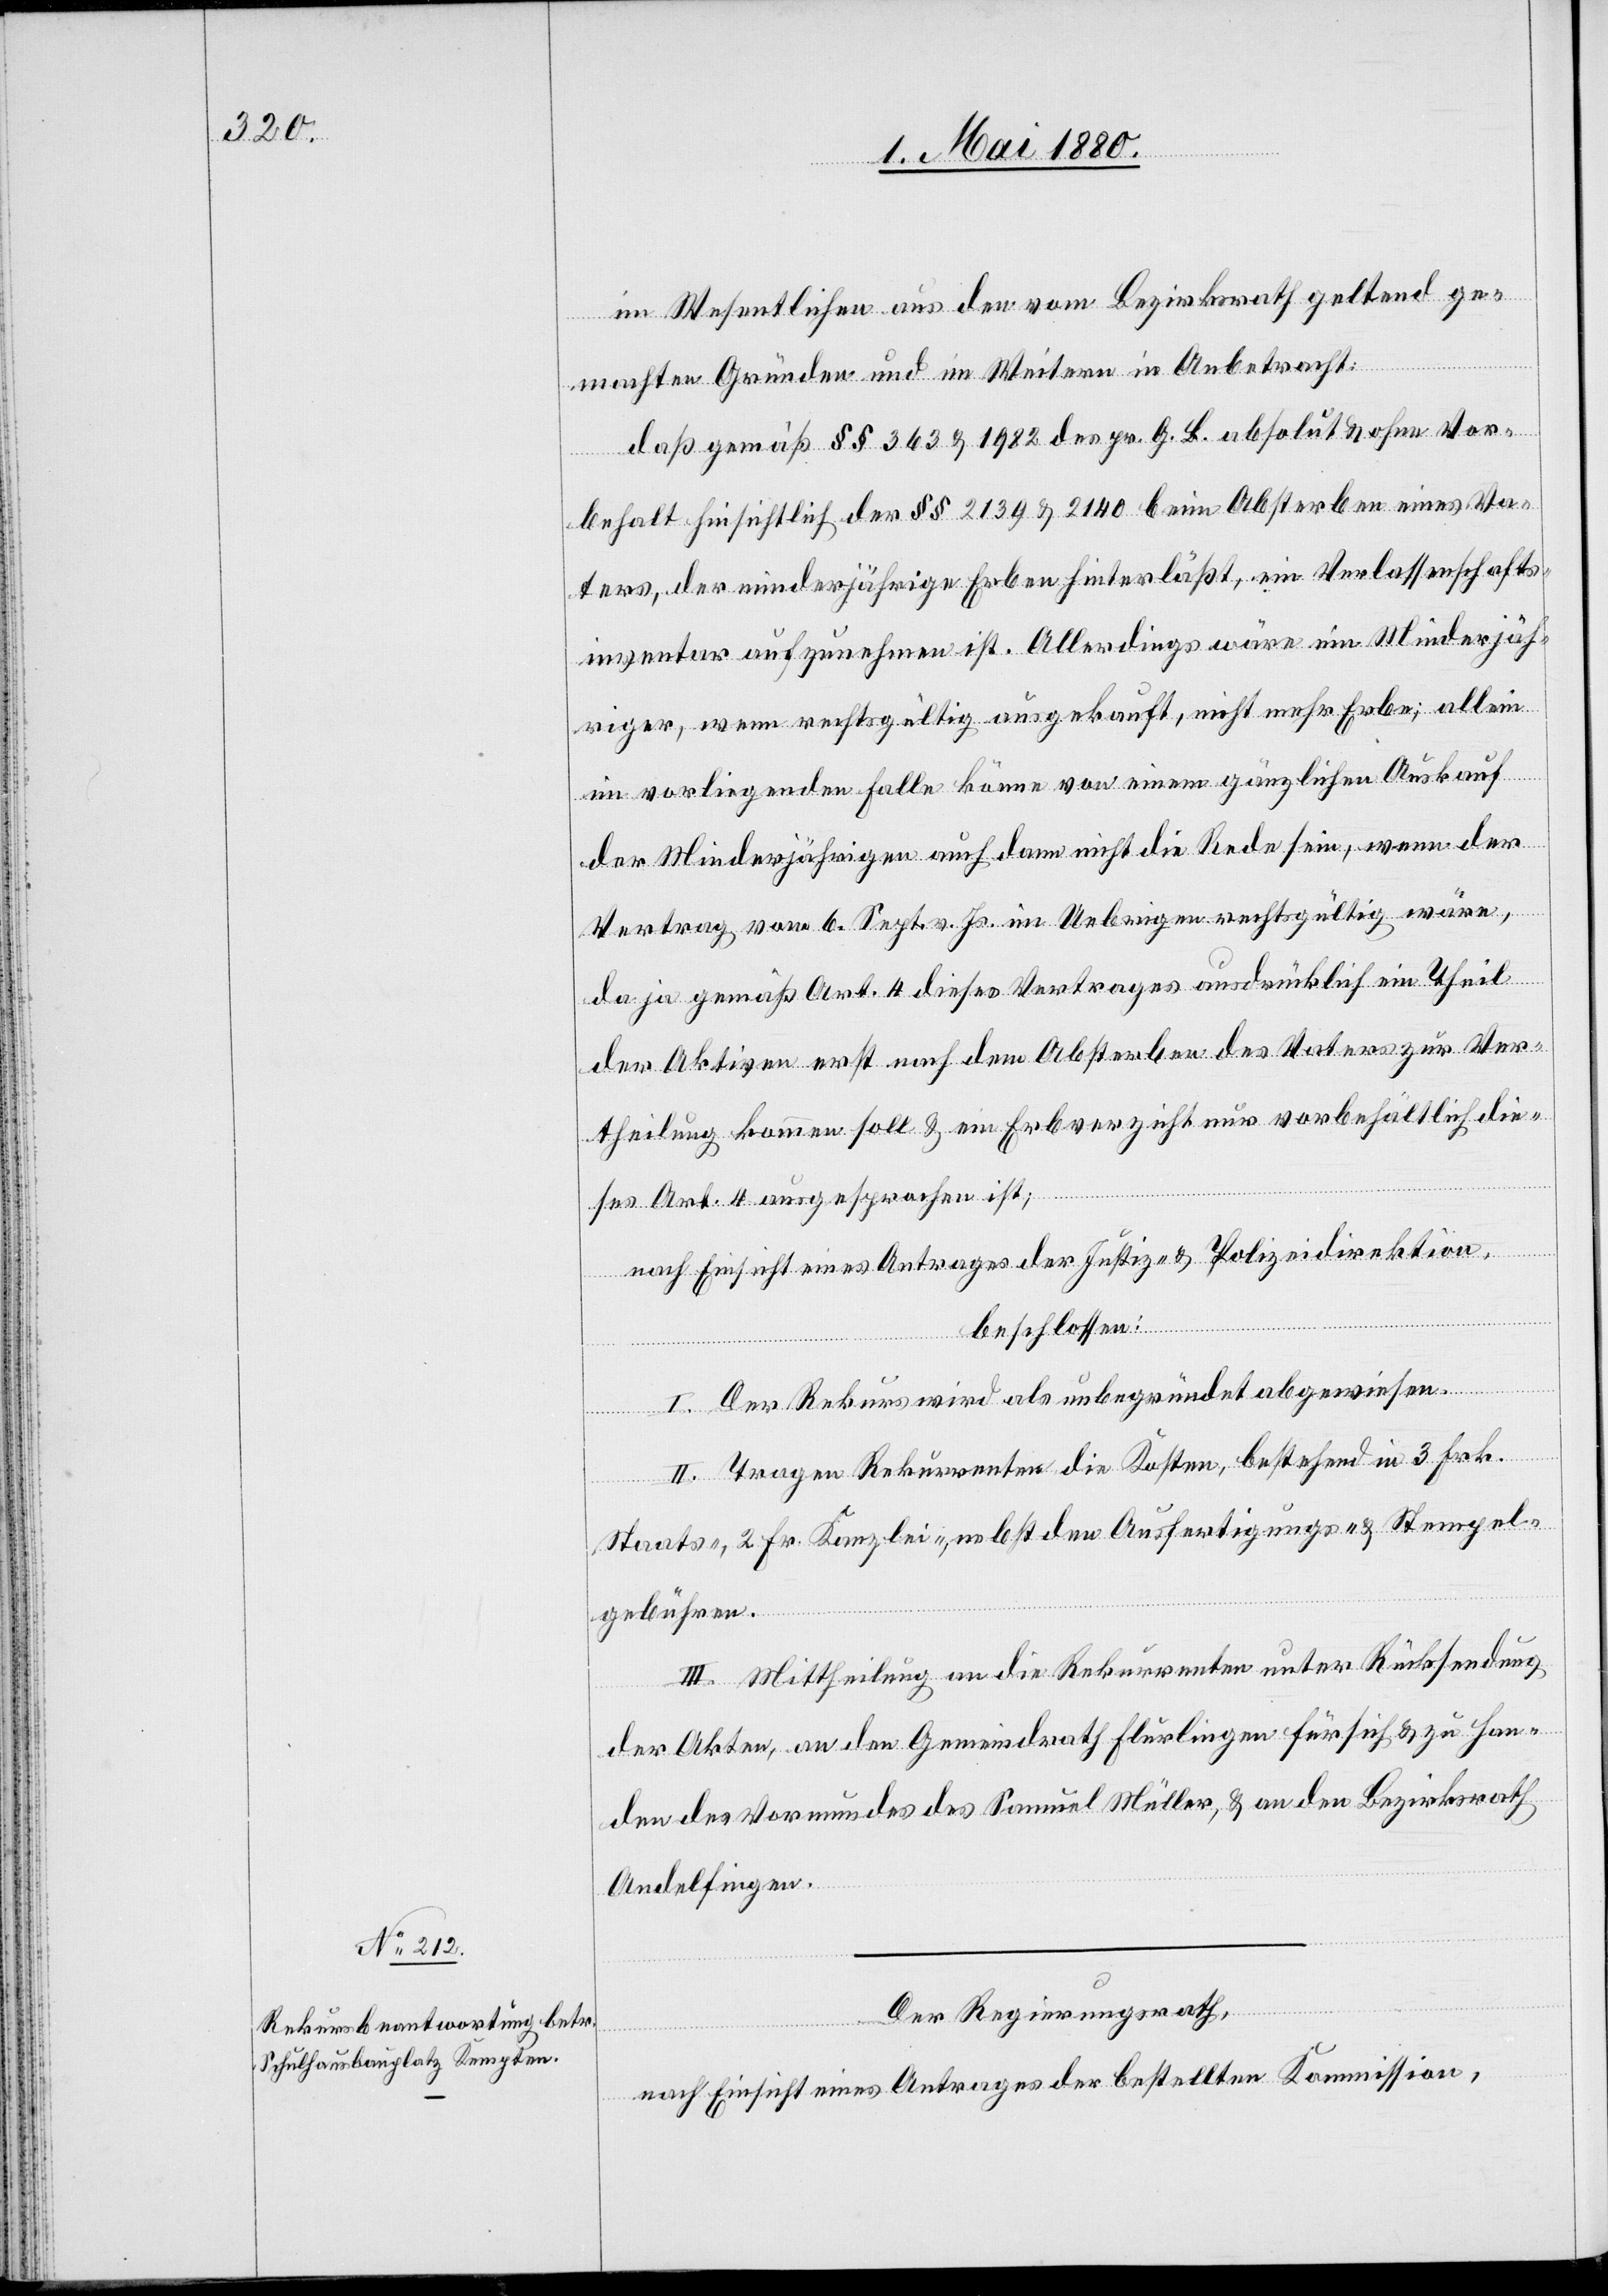
im Wesentlichen aus den vom Bezirksrath geltend ge¬
machten Gründen und im Weitern in Anbetracht:
daß gemäß §§ 363 & 1982 des pr. G. B. absolut & ohne Vor¬
behalt hinsichtlich der §§ 2139 & 2140 beim Absterben eines Va¬
ters, der minderjährige Erben hinterläßt, ein Verlassenschafts¬
inventar aufzunehmen ist. Allerdings wäre ein Minderjäh¬
riger, wenn rechtgültig ausgekauft, nicht mehr Erbe; allein
im vorliegenden Falle könne von einem gänzlichen Auskauf
der Minderjährigen auch dann nicht die Rede sein, wenn der
Vertrag vom 6. Sept. v. Js. im Uebrigen rechtsgültig wäre,
da ja gemäß Art. 4 dieses Vertrages ausdrücklich ein Theil
der Aktiven erst nach dem Absterben des Vaters zur Ver¬
theilung kommen soll & ein Erbverzicht nur vorbehältlich die¬
ses Art. 4 ausgesprochen ist,
nach Einsicht eines Antrages der Justiz- & Polizeidirektion,
beschlossen:
I. Der Rekurs wird als unbegründet abgewiesen.
II. Tragen Rekurrenten die Kosten, bestehend in 3 Frk.
Staats-, 2 Fr. Kanzlei-, nebst den Ausfertigungs- & Stempel¬
gebühren.
III. Mittheilung an die Rekurrenten unter Rücksendung
der Akten, an den Gemeindrath Flurlingen für sich & zu Han¬
den des Vormundes des Samuel Müller & an den Bezirksrath
Andelfingen.
Der Regierungsrath,
nach Einsicht eines Antrages der bestellten Kommission,